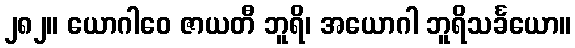
၂၈၂။ ယောဂါဝေ ဇာယတီ ဘူရိ၊ အယောဂါ ဘူရိသင်္ခယော။